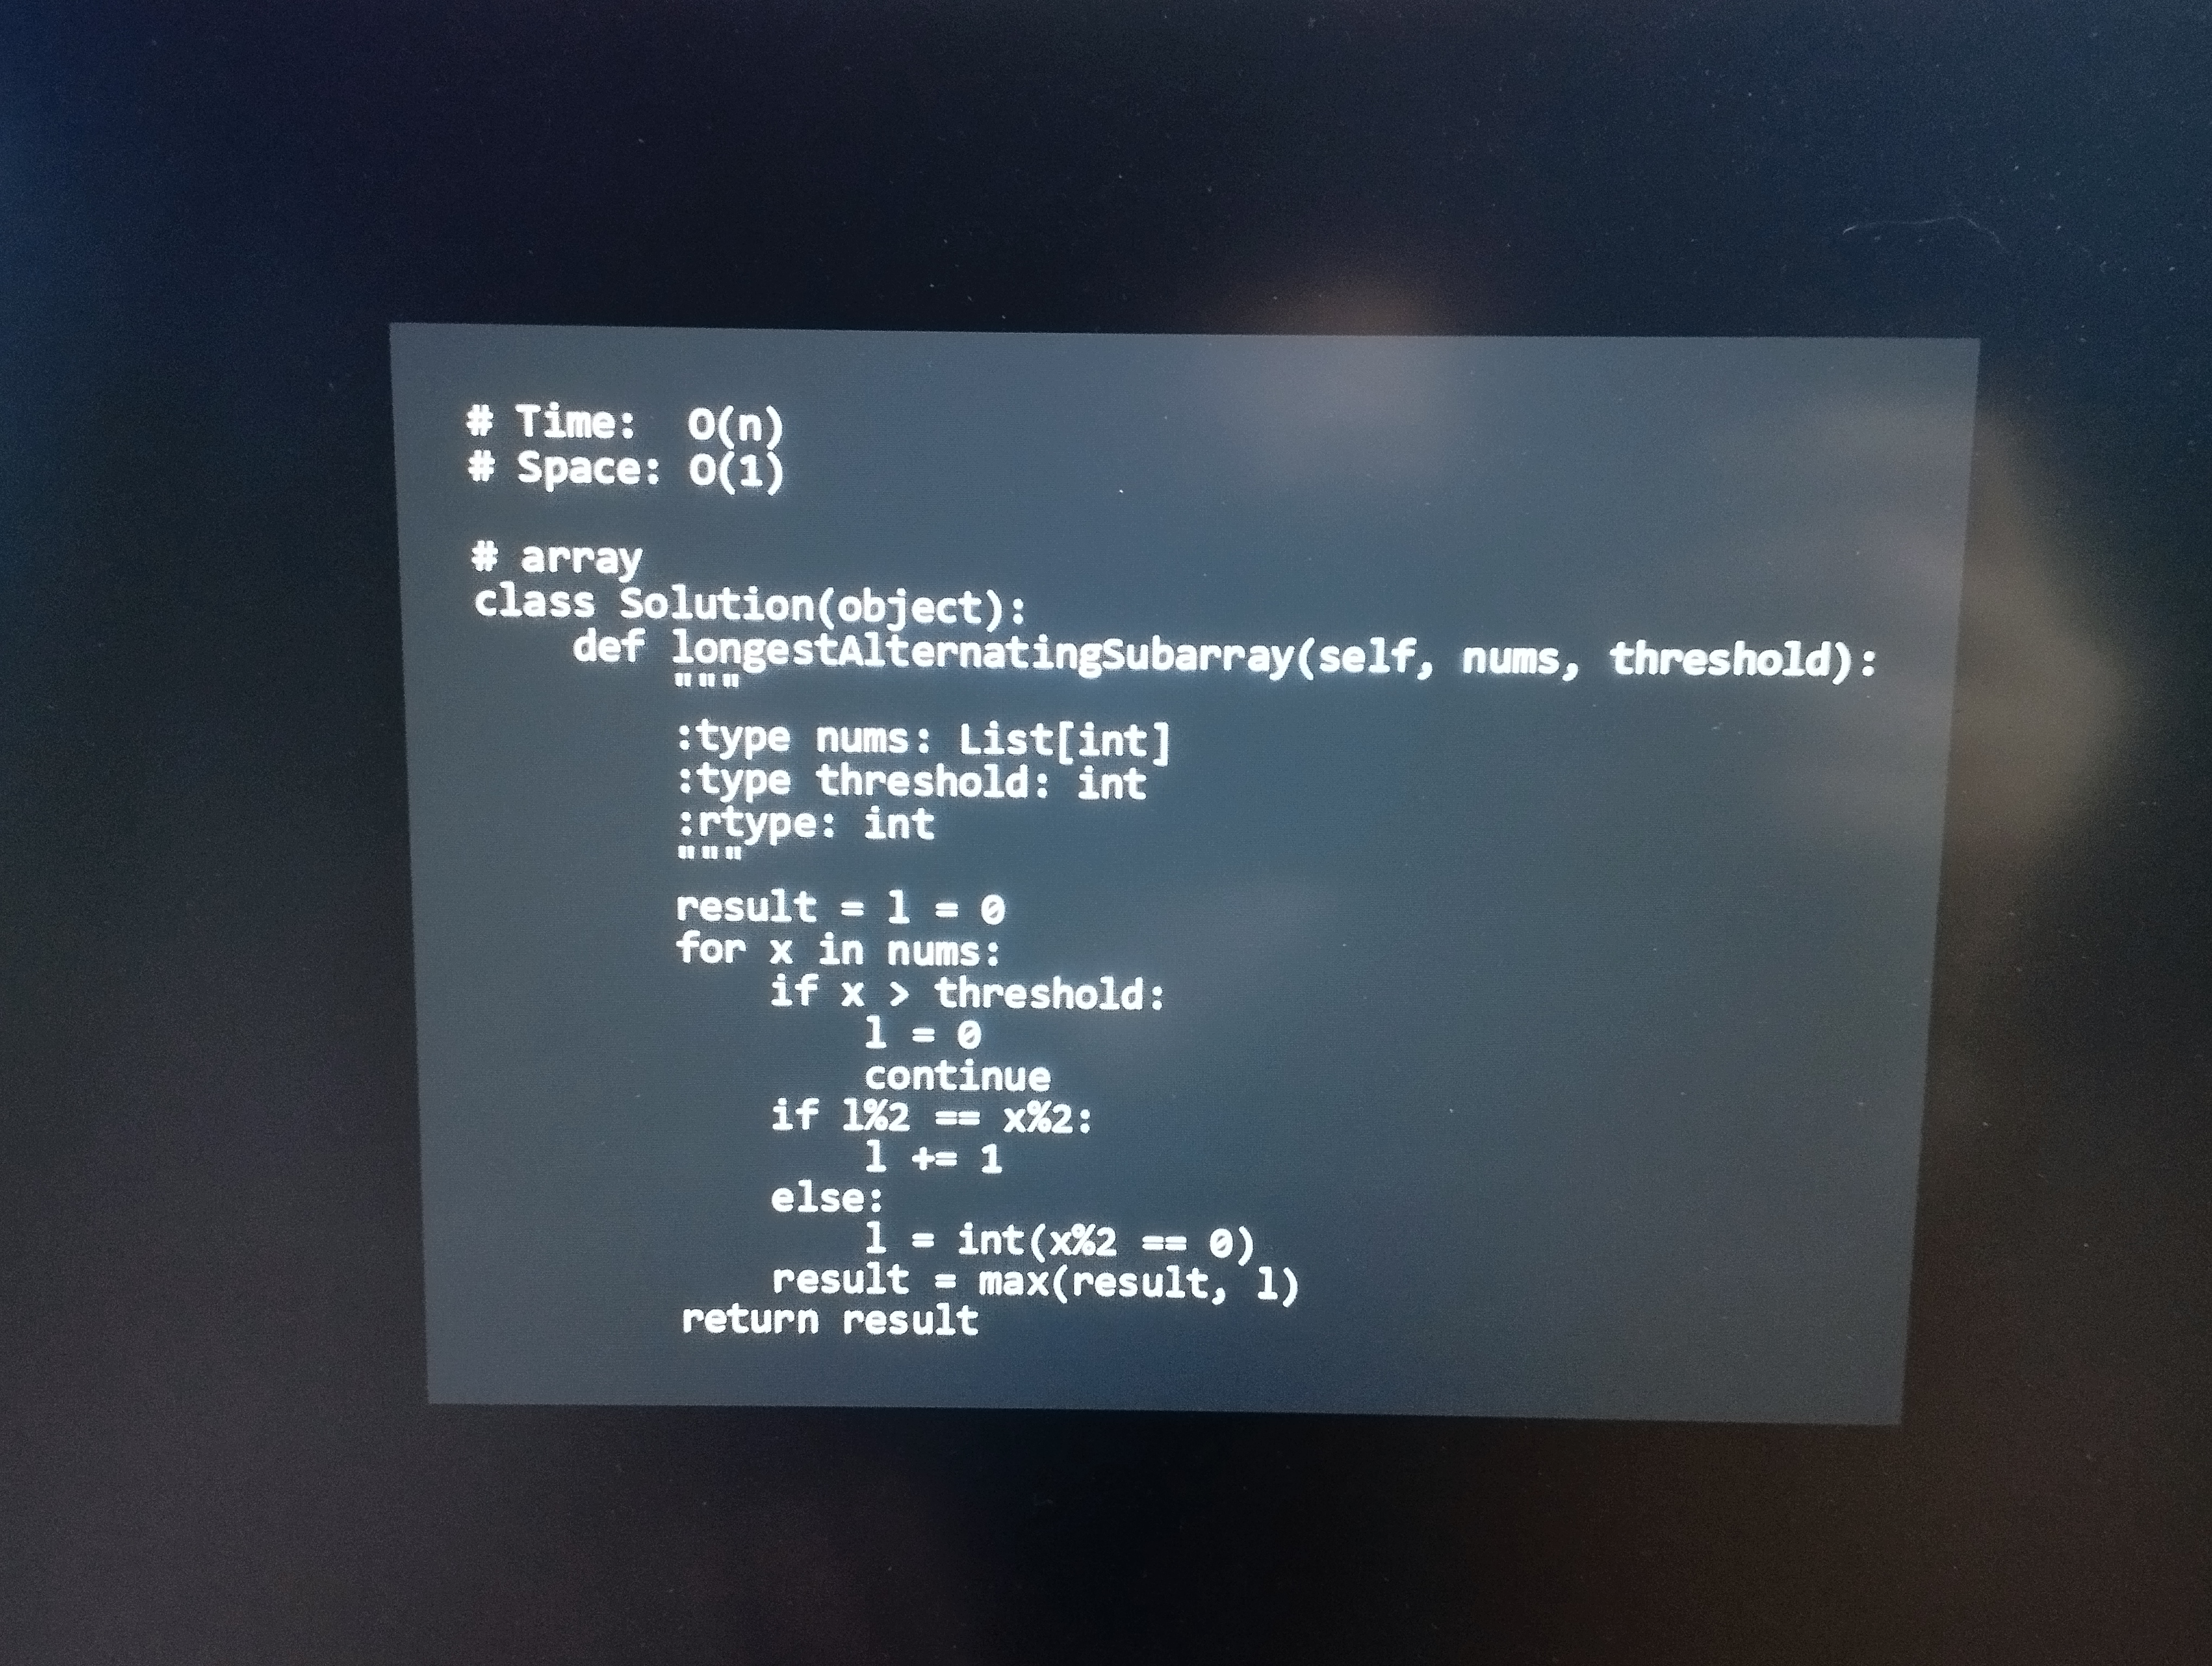
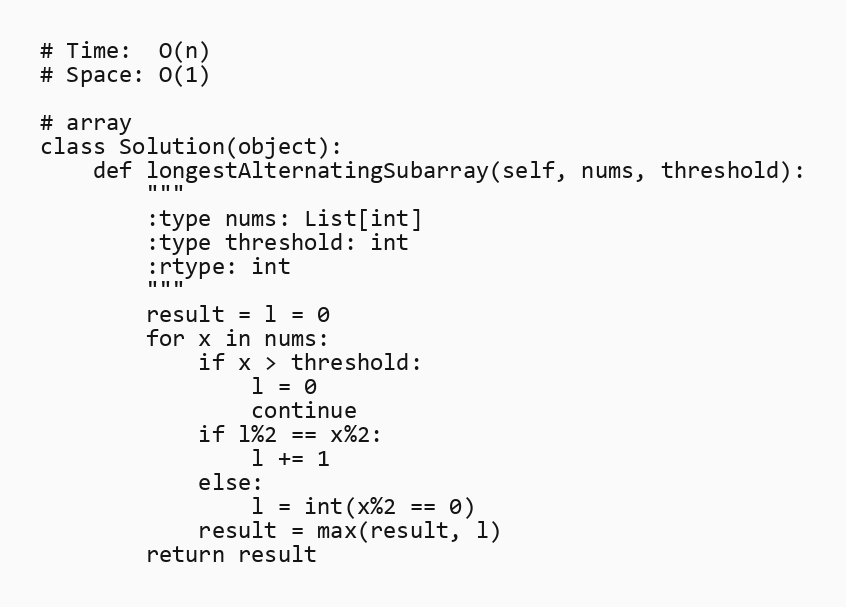
# Time:  O(n)
# Space: O(1)

# array
class Solution(object):
    def longestAlternatingSubarray(self, nums, threshold):
        """
        :type nums: List[int]
        :type threshold: int
        :rtype: int
        """
        result = l = 0
        for x in nums:
            if x > threshold:
                l = 0
                continue
            if l%2 == x%2:
                l += 1
            else:
                l = int(x%2 == 0)
            result = max(result, l)
        return result